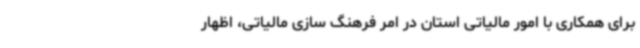
برای همکاری با امور مالیاتی استان در امر فرهنگ سازی مالیاتی، اظهار